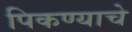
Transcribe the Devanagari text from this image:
पिकण्याचे